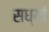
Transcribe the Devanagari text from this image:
सध्यां